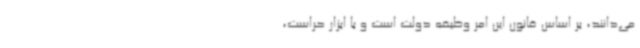
می‌دانند، بر اساس قانون این امر وظیفه دولت است و با ابزار حراست،